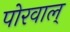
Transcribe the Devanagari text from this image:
पोरवाल्